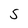
Character: 5